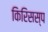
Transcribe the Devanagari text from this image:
किरिसस्प